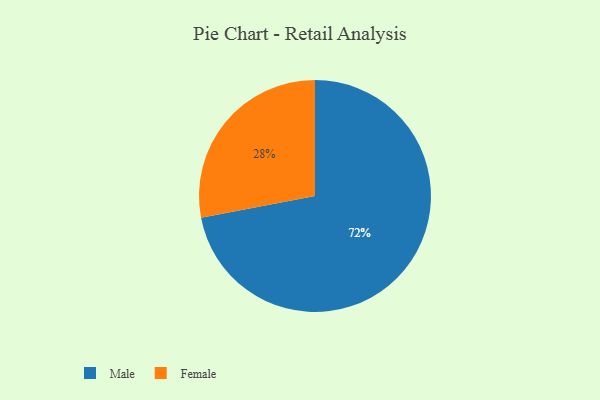
{"axis": {"x": "Category", "y": "Percentage"}, "legend": ["Female", "Male"], "data": [{"x": "Female", "y": 28, "type": "Female"}, {"x": "Male", "y": 72, "type": "Male"}]}